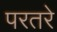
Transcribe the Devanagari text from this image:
परतरे